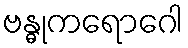
ဗန္ဓုကရောဂေါ